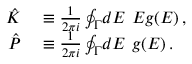
\begin{array} { r l } { \hat { K } } & { { } \equiv \frac { 1 } { 2 \pi i } \oint _ { \Gamma } \! d E \, \, E g ( E ) \, , } \\ { \hat { P } } & { { } \equiv \frac { 1 } { 2 \pi i } \oint _ { \Gamma } \! d E \, \, g ( E ) \, . } \end{array}